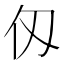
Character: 仭